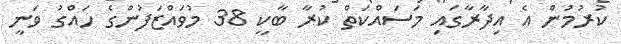
ކުރުމުން އެ އިދާރާގައި މަސައްކަތް ކުރާ ބާކީ 38 މުވައްޒަފުންގެ ހައްގު ވަނީ